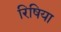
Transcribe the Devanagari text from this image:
रिषिया